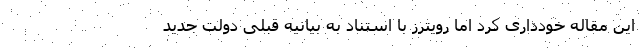
این مقاله خودداری کرد اما رویترز با استناد به بیانیه قبلی دولت جدید